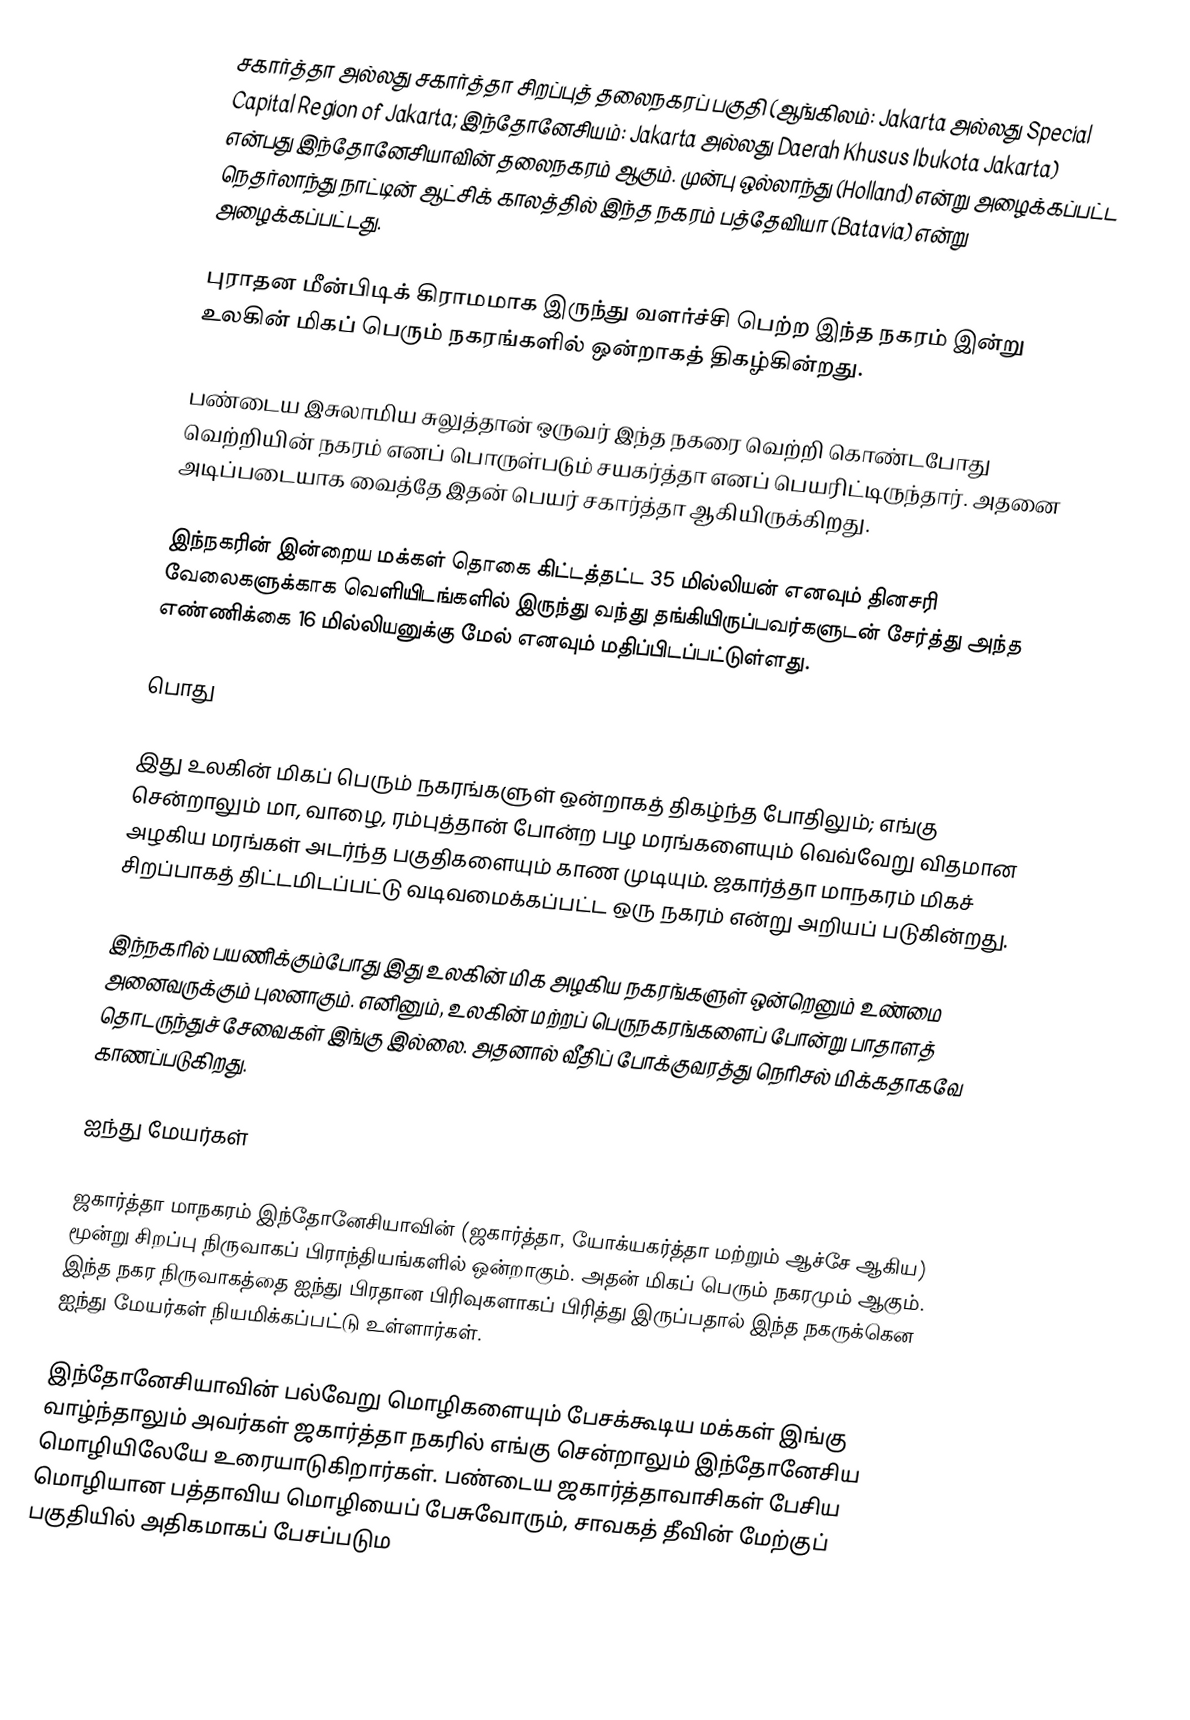
சகார்த்தா அல்லது சகார்த்தா சிறப்புத் தலைநகரப் பகுதி (ஆங்கிலம்: Jakarta அல்லது Special Capital Region of Jakarta; இந்தோனேசியம்: Jakarta அல்லது Daerah Khusus Ibukota Jakarta) என்பது இந்தோனேசியாவின் தலைநகரம் ஆகும். முன்பு ஒல்லாந்து (Holland) என்று அழைக்கப்பட்ட நெதர்லாந்து நாட்டின் ஆட்சிக் காலத்தில் இந்த நகரம் பத்தேவியா (Batavia) என்று அழைக்கப்பட்டது.

புராதன மீன்பிடிக் கிராமமாக இருந்து வளர்ச்சி பெற்ற இந்த நகரம் இன்று உலகின் மிகப் பெரும் நகரங்களில் ஒன்றாகத் திகழ்கின்றது.

பண்டைய இசுலாமிய சுலுத்தான் ஒருவர் இந்த நகரை வெற்றி கொண்டபோது வெற்றியின் நகரம் எனப் பொருள்படும் சயகர்த்தா எனப் பெயரிட்டிருந்தார். அதனை அடிப்படையாக வைத்தே இதன் பெயர் சகார்த்தா ஆகியிருக்கிறது.

இந்நகரின் இன்றைய மக்கள் தொகை கிட்டத்தட்ட 35 மில்லியன் எனவும் தினசரி வேலைகளுக்காக வெளியிடங்களில் இருந்து வந்து தங்கியிருப்பவர்களுடன் சேர்த்து அந்த எண்ணிக்கை 16 மில்லியனுக்கு மேல் எனவும் மதிப்பிடப்பட்டுள்ளது.

பொது

இது உலகின் மிகப் பெரும் நகரங்களுள் ஒன்றாகத் திகழ்ந்த போதிலும்; எங்கு சென்றாலும் மா, வாழை, ரம்புத்தான் போன்ற பழ மரங்களையும் வெவ்வேறு விதமான அழகிய மரங்கள் அடர்ந்த பகுதிகளையும் காண முடியும். ஜகார்த்தா மாநகரம் மிகச் சிறப்பாகத் திட்டமிடப்பட்டு வடிவமைக்கப்பட்ட ஒரு நகரம் என்று அறியப் படுகின்றது.

இந்நகரில் பயணிக்கும்போது இது உலகின் மிக அழகிய நகரங்களுள் ஒன்றெனும் உண்மை அனைவருக்கும் புலனாகும். எனினும், உலகின் மற்றப் பெருநகரங்களைப் போன்று பாதாளத் தொடருந்துச் சேவைகள் இங்கு இல்லை. அதனால் வீதிப் போக்குவரத்து நெரிசல் மிக்கதாகவே காணப்படுகிறது.

ஐந்து மேயர்கள்

ஜகார்த்தா மாநகரம் இந்தோனேசியாவின் (ஜகார்த்தா, யோக்யகர்த்தா மற்றும் ஆச்சே ஆகிய) மூன்று சிறப்பு நிருவாகப் பிராந்தியங்களில் ஒன்றாகும். அதன் மிகப் பெரும் நகரமும் ஆகும். இந்த நகர நிருவாகத்தை ஐந்து பிரதான பிரிவுகளாகப் பிரித்து இருப்பதால் இந்த நகருக்கென ஐந்து மேயர்கள் நியமிக்கப்பட்டு உள்ளார்கள்.

இந்தோனேசியாவின் பல்வேறு மொழிகளையும் பேசக்கூடிய மக்கள் இங்கு வாழ்ந்தாலும் அவர்கள் ஜகார்த்தா நகரில் எங்கு சென்றாலும் இந்தோனேசிய மொழியிலேயே உரையாடுகிறார்கள். பண்டைய ஜகார்த்தாவாசிகள் பேசிய மொழியான பத்தாவிய மொழியைப் பேசுவோரும், சாவகத் தீவின் மேற்குப் பகுதியில் அதிகமாகப் பேசப்படும